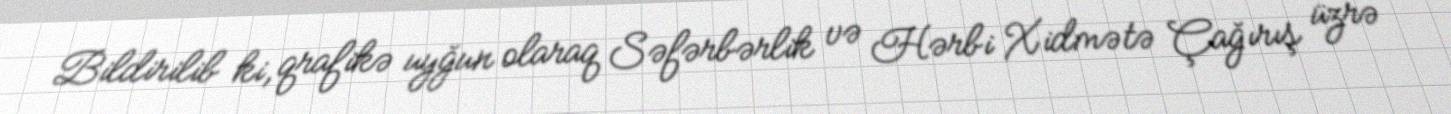
Bildirilib ki, qrafikə uyğun olaraq Səfərbərlik və Hərbi Xidmətə Çağırış üzrə